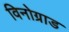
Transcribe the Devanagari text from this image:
विनोग्राड